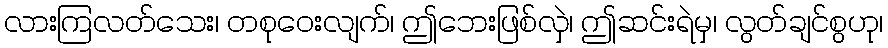
လားကြလတ်သေး၊ တစုဝေးလျက်၊ ဤဘေးဖြစ်လှဲ၊ ဤဆင်းရဲမှ၊ လွတ်ချင်စွဟု၊